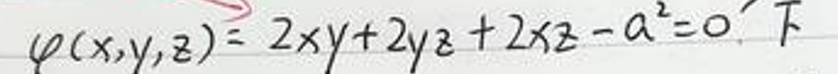
\[
\varphi(x,y,z)=2xy + 2yz+2xz - a^{2}=0
\]